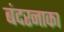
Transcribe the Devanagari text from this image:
बंदरनाका